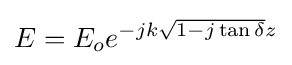
E=E_{o}e^{-jk{\sqrt {1-j\tan \delta }}z}